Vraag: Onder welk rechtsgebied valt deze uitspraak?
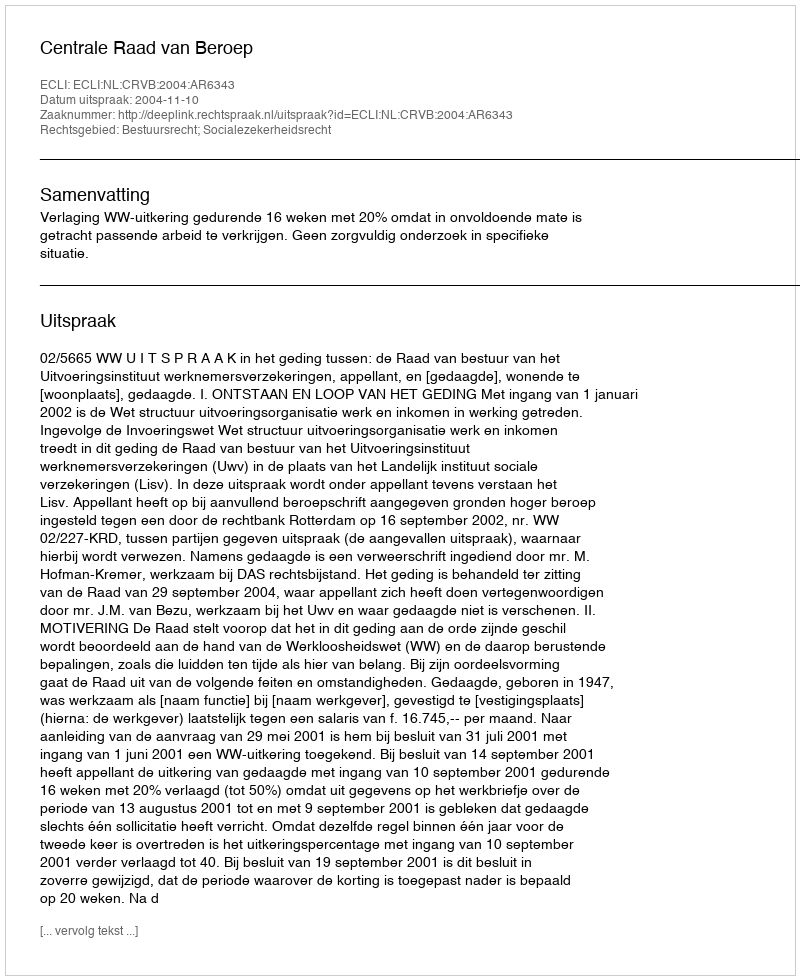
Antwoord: Bestuursrecht; Socialezekerheidsrecht